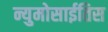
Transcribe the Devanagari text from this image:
न्युमोसाईतिस